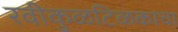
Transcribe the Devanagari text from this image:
रवीकुळटिळकाचा